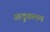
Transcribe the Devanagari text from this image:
आदुकलम